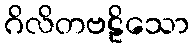
ဂိလိတဗဠိသော